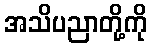
အသိပညာတို့ကို